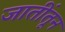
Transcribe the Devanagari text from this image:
जातींतून